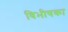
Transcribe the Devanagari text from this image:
विभीषका